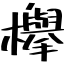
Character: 欅